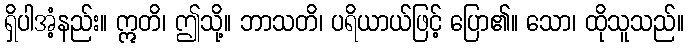
ရှိပါအံ့နည်း။ ဣတိ၊ ဤသို့။ ဘာသတိ၊ ပရိယာယ်ဖြင့် ပြော၏။ သော၊ ထိုသူသည်။